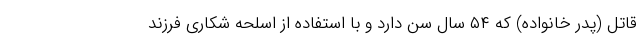
قاتل (پدر خانواده) که ۵۴ سال سن دارد و با استفاده از اسلحه شکاری فرزند